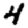
Digit: 4